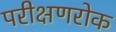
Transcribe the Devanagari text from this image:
परीक्षणरोक